Medical and sanitary report of the native army of Bengal for the year
Year: 1877
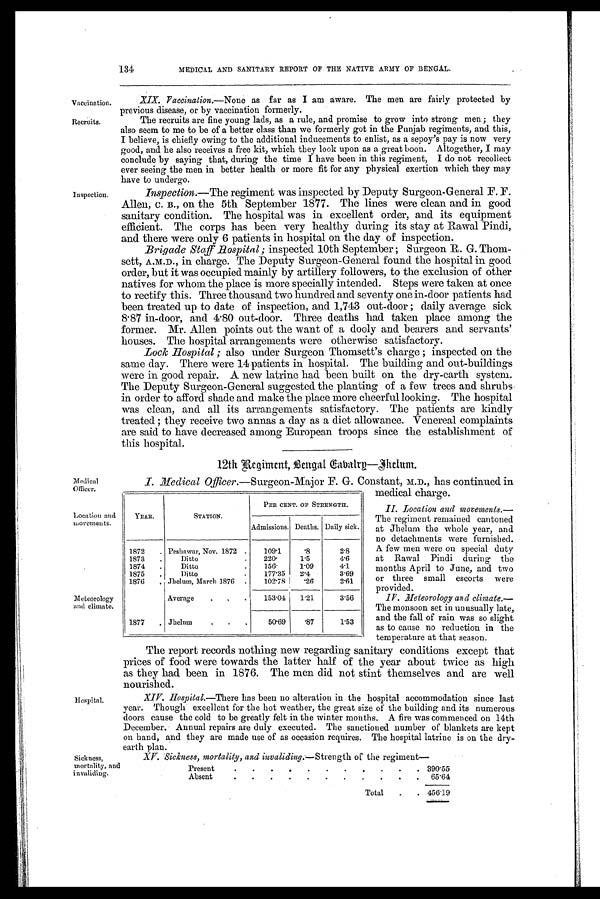
Vaccination.
Recruits.
134
MEDICAL AND SANITARY REPORT OF THE NATIVE ARMY OF BENGAL.
Inspection.
XIX. Vaccination.—None as far as I am aware. The men are fairly protected by
previous disease, or by vaccination formerly.
The recruits are fine young lads, as a rule, and promise to grow into strong men ; they
also seem to me to be of a better class than we formerly got in the Punjab regiments, and this,
I believe, is chiefly owing to the additional inducements to enlist, as a sepoy's pay is now very
good, and he also receives a free kit, which they look upon as a great boon. Altogether, I may
conclude by saying that, during the time I have been in this regiment, I do not recollect
ever seeing the men in better health or more fit for any physical exertion which they may
have to undergo.
Inspection.—The regiment was inspected by Deputy Surgeon-General F. F.
Allen, c. B., on the 5th September 1877. The lines were clean and in good
sanitary condition. The hospital was in excellent order, and its equipment
efficient. The corps has been very healthy during its stay at Rawal Pindi,
and there were only 6 patients in hospital on the day of inspection.
Brigade Staff Hospital ; inspected 10th September ; Surgeon R. G. Thom-
sett, A.M.D., in charge. The Deputy Surgeon-General found the hospital in good
order, but it was occupied mainly by artillery followers, to the exclusion of other
natives for whom the place is more specially intended. Steps were taken at once
to rectify this. Three thousand two hundred and seventy one in-door patients had
been treated up to date of inspection, and 1,743 out-door ; daily average sick
8·87 in-door, and 4·80 out-door. Three deaths had taken place among the
former. Mr. Allen points out the want of a dooly and bearers and servants'
houses. The hospital arrangements were otherwise satisfactory.
Lock Hospital ; also under Surgeon Thomsett's charge ; inspected on the
same day. There were 14 patients in hospital. The building and out-buildings
were in good repair. A new latrine had been built on the dry-earth system.
The Deputy Surgeon-General suggested the planting of a few trees and shrubs,
in order to afford shade and make the place more cheerful looking. The hospital
was clean, and all its arrangements satisfactory. The patients are kindly
treated ; they receive two annas a day as a diet allowance. Venereal complaints
are said to have decreased among European troops since the establishment of
this hospital.
12tlt Regiment,
Bengal Cabalrp—Jhelum.
Medical
Officer.
Location and
movements.
Meteorology
and climate.
Hospital.
Sickness,
mortality, and
invaliding.
I. Medical Officer.—Surgeon-Major F. G. Constant, M.D., has continued in
medical charge.
II . Location and movements.—
The regiment remained cantoned
at Jhelum the whole year, and
no detachments were furnished.
A few men were on special duty
at Rawal Pindi during the
months April to June, and two
or three small escorts were
provided.
IV. Meteorology and climate.—
The monsoon set in unusually late,
and the fall of rain was so slight
as to cause no reduction in the
temperature at that season.
The report records nothing new regarding sanitary conditions except that
prices of food were towards the latter half of the year about twice as high
as they had been in 1876. The men did not stint themselves and are well
nourished.
XIV. Hospital.—There has been no alteration in the hospital accommodation since last
year. Though excellent for the hot weather, the great size of the building and its numerous
doors cause the cold to be greatly felt in the winter months. A fire was commenced on 14th
December. Annual repairs are duly executed. The sanctioned number of blankets are kept
on hand, and they are made use of as occasion requires. The hospital latrine is on the dry-
earth plan.
XV. Sickness, mortality, and invaliding.— Strength of the regiment
Present
.
.
.
.
.
.
.
.
.
.
.
390.55
Absent
.
.
.
.
.
.
.
.
.
.
.
65.64
Total
.
. 456.19
YEAR.
STATION.
PER CENT. OF STRENGTH.
Admissions. Deaths. Daily sick.
1872
. Peshawar, Nov. 1872 .
109.1
.8
2.8
1873
.
Ditto
.
220.
1.5
4.6
1874
.
Ditto
.
156.
1.09
4.1
1875
.
Ditto
.
177'35
2.4
3.69
1876
, Jhelum, March 1876
.
102.78
.26
2.61
Average
.
.
.
153.04
1.21
3.56
1877
. Jhelum
.
,
50.69
.87
1.53